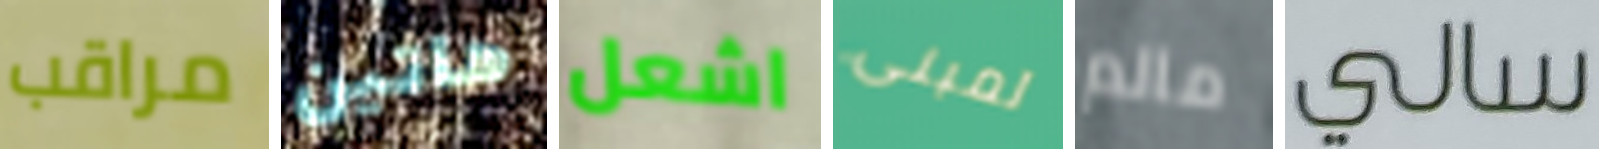
مراقب هاتين اشعل لمبنى مالم سالي